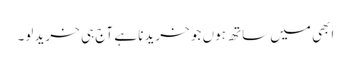
ابھی میں ساتھ ہوں جو خریدنا ہے آج ہی خرید لو۔